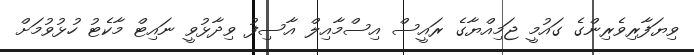
ވިޔަފާރިވެރިންގެ ގައުމީ ޖަމިއްޔާގެ ރައީސް އިސްމާއިލް އާސިފު ވިދާޅުވީ ނައިޓް މާކެޓު ހުޅުވުމަށް